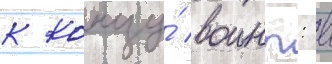
к концу́ воины: в